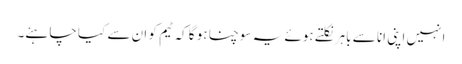
انہیں اپنی انا سے باہر نکلتے ہوئے یہ سوچنا ہو گا کہ ٹیم کو ان سے کیا چاہئے۔